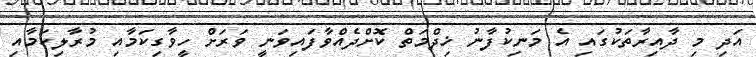
އަދި މި ދާއިރާތަކުގައި އެ މަނިކުފާނު ޚިދްމަތް ކޮށްދެއްވާފައިވަނީ ވަރަށް ހީވާގިކަމާއި މުރާލިކަމާއި